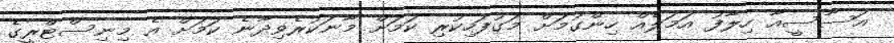
އަސާސީއާ ހިލާފު އަމަލެއް ހިންގުމަށް މަގުފަހިކުރި ކަމަށް މާނަކުރެވިދާނެ ކަމަށް އެ މިނިސްޓްރީގެ